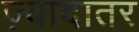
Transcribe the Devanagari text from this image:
ज्‍़यादातर